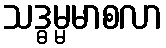
သဒ္ဓမ္မမာစလာ